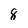
Character: 8